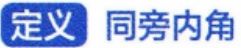
定义 同旁内角